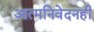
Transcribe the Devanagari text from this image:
आत्मनिवेदनही